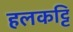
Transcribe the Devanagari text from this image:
हलकट्टि